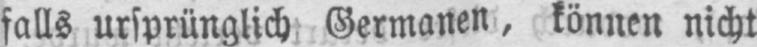
falls ursprünglich Germanen, können nicht